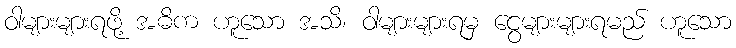
ဝါများများရဖို့ အဓိက ဟူသော အသိ၊ ဝါများများရမှ ငွေများများရမည် ဟူသော